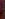
-